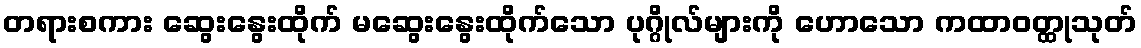
တရားစကား ဆွေးနွေးထိုက် မဆွေးနွေးထိုက်သော ပုဂ္ဂိုလ်များကို ဟောသော ကထာဝတ္ထုသုတ်